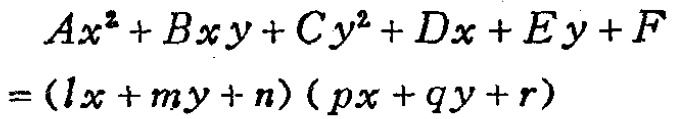
\[
\begin{align*}
Ax^{2}+Bxy + Cy^{2}+Dx + Ey+F\\
=(lx + my + n)(px + qy + r)
\end{align*}
\]